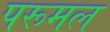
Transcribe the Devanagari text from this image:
परूमल